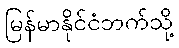
မြန်မာနိုင်ငံဘက်သို့